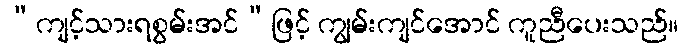
“ကျင့်သားရစွမ်းအင်”ဖြင့် ကျွမ်းကျင်အောင် ကူညီပေးသည်။